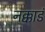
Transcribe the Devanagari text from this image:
नक्काडं